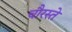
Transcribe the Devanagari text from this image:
चौरस्ते